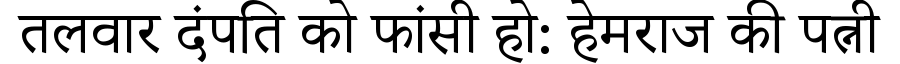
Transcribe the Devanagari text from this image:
तलवार दंपति को फांसी हो: हेमराज की पत्नी